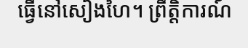
ធ្វើនៅសៀងហៃ។ ព្រឹត្តិការណ៍